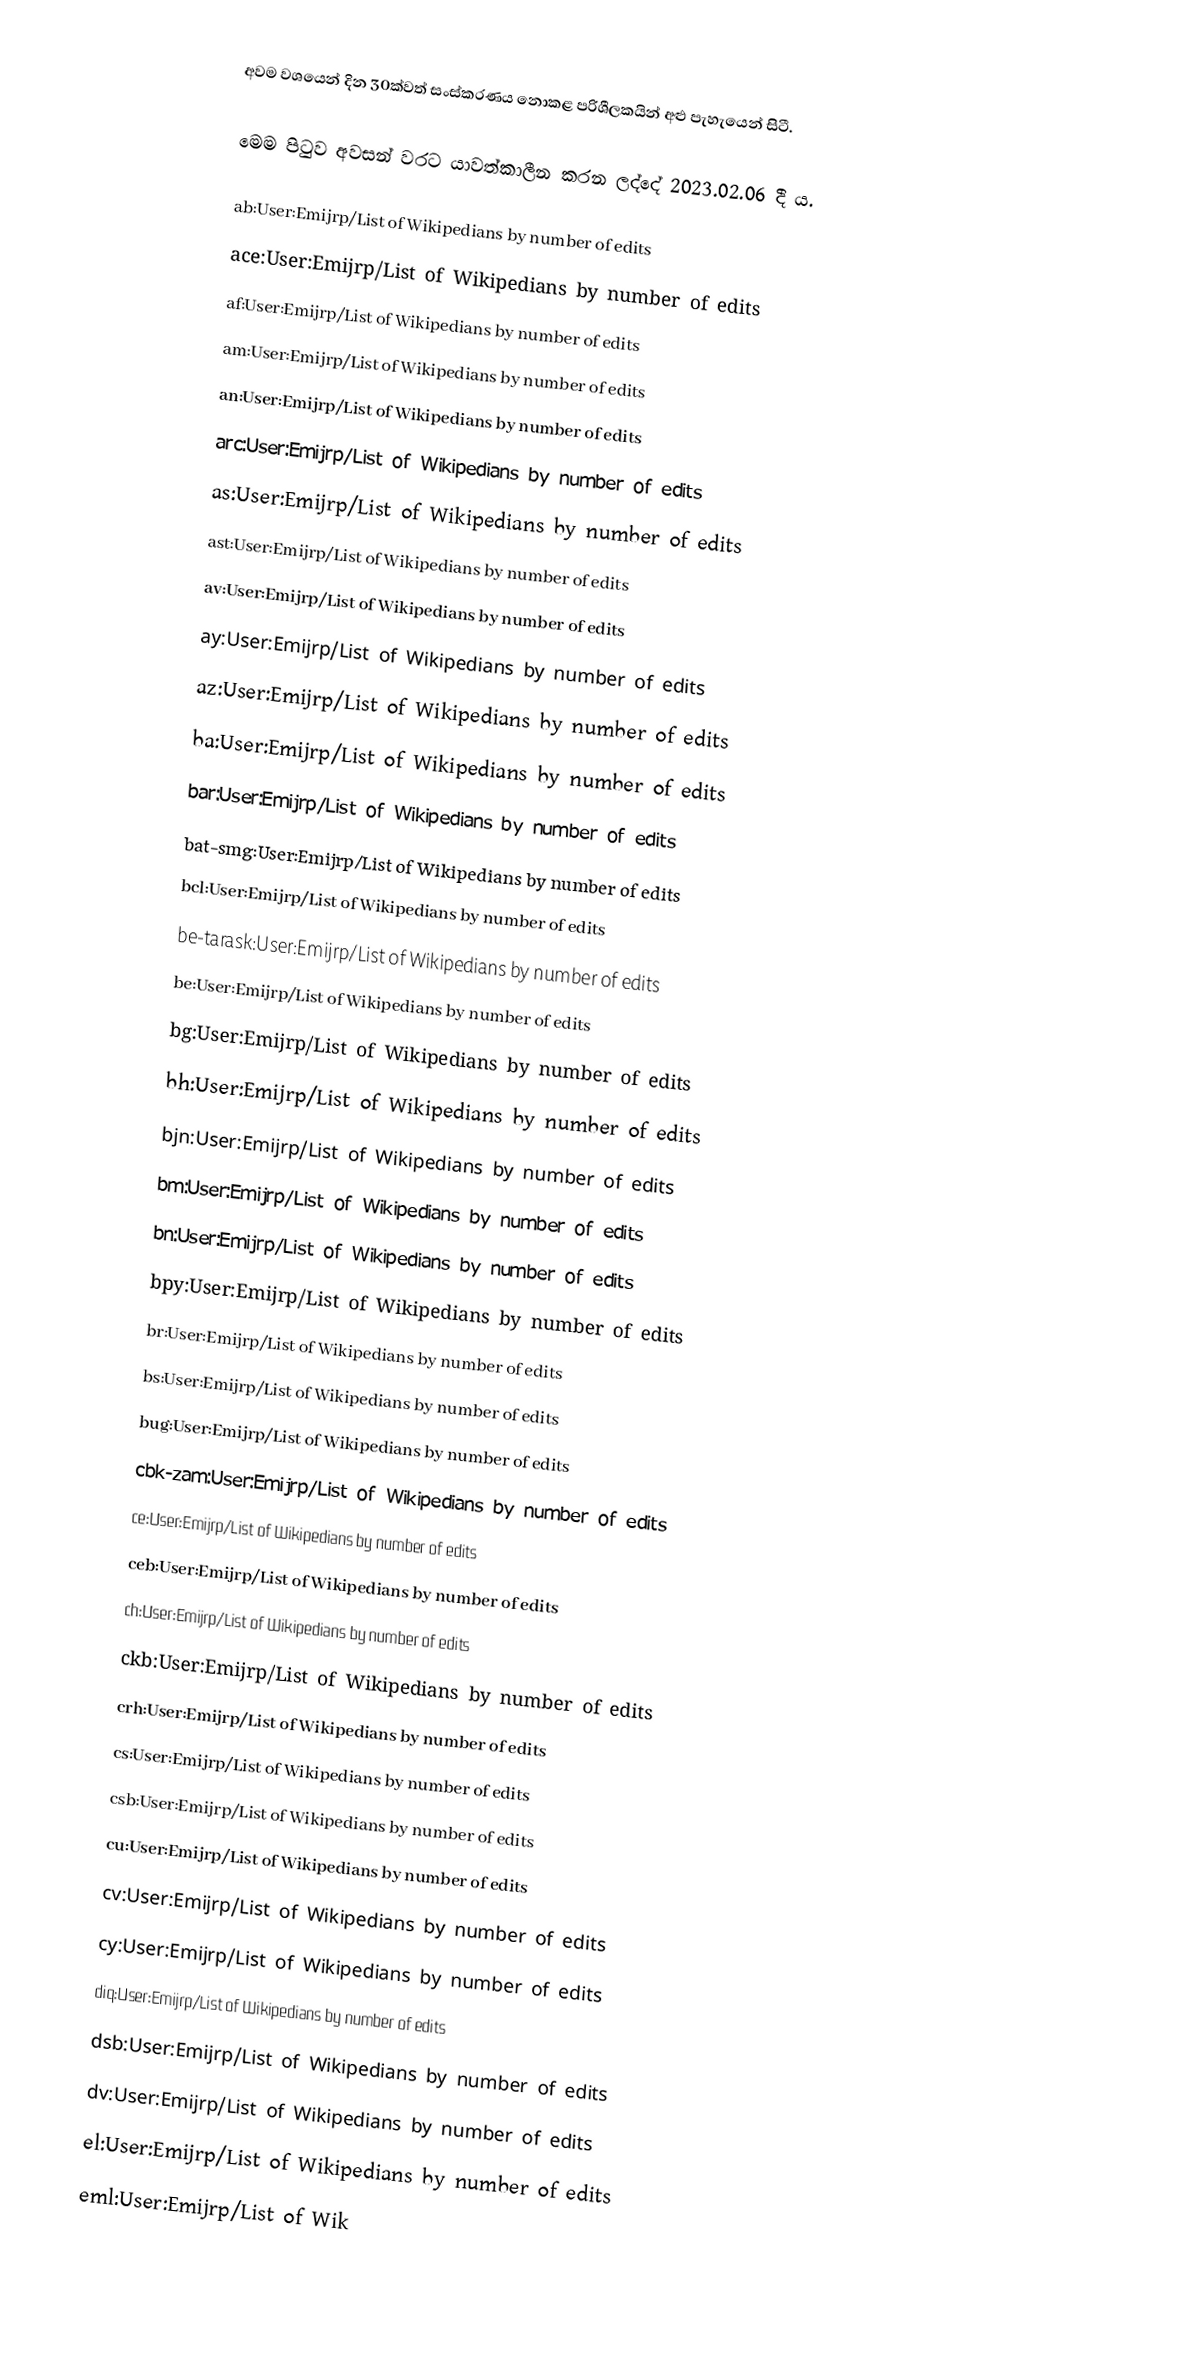
අවම වශයෙන් දින 30ක්වත් සංස්කරණය නොකළ පරිශීලකයින් අළු පැහැයෙන් සිටී.

මෙම පිටුව අවසන් වරට යාවත්කාලීන කරන ලද්දේ 2023.02.06 දී ය.

ab:User:Emijrp/List of Wikipedians by number of edits
ace:User:Emijrp/List of Wikipedians by number of edits
af:User:Emijrp/List of Wikipedians by number of edits
am:User:Emijrp/List of Wikipedians by number of edits
an:User:Emijrp/List of Wikipedians by number of edits
arc:User:Emijrp/List of Wikipedians by number of edits
as:User:Emijrp/List of Wikipedians by number of edits
ast:User:Emijrp/List of Wikipedians by number of edits
av:User:Emijrp/List of Wikipedians by number of edits
ay:User:Emijrp/List of Wikipedians by number of edits
az:User:Emijrp/List of Wikipedians by number of edits
ba:User:Emijrp/List of Wikipedians by number of edits
bar:User:Emijrp/List of Wikipedians by number of edits
bat-smg:User:Emijrp/List of Wikipedians by number of edits
bcl:User:Emijrp/List of Wikipedians by number of edits
be-tarask:User:Emijrp/List of Wikipedians by number of edits
be:User:Emijrp/List of Wikipedians by number of edits
bg:User:Emijrp/List of Wikipedians by number of edits
bh:User:Emijrp/List of Wikipedians by number of edits
bjn:User:Emijrp/List of Wikipedians by number of edits
bm:User:Emijrp/List of Wikipedians by number of edits
bn:User:Emijrp/List of Wikipedians by number of edits
bpy:User:Emijrp/List of Wikipedians by number of edits
br:User:Emijrp/List of Wikipedians by number of edits
bs:User:Emijrp/List of Wikipedians by number of edits
bug:User:Emijrp/List of Wikipedians by number of edits
cbk-zam:User:Emijrp/List of Wikipedians by number of edits
ce:User:Emijrp/List of Wikipedians by number of edits
ceb:User:Emijrp/List of Wikipedians by number of edits
ch:User:Emijrp/List of Wikipedians by number of edits
ckb:User:Emijrp/List of Wikipedians by number of edits
crh:User:Emijrp/List of Wikipedians by number of edits
cs:User:Emijrp/List of Wikipedians by number of edits
csb:User:Emijrp/List of Wikipedians by number of edits
cu:User:Emijrp/List of Wikipedians by number of edits
cv:User:Emijrp/List of Wikipedians by number of edits
cy:User:Emijrp/List of Wikipedians by number of edits
diq:User:Emijrp/List of Wikipedians by number of edits
dsb:User:Emijrp/List of Wikipedians by number of edits
dv:User:Emijrp/List of Wikipedians by number of edits
el:User:Emijrp/List of Wikipedians by number of edits
eml:User:Emijrp/List of Wik